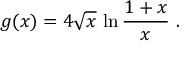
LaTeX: g ( x ) = 4 \sqrt { x } \, \ln { \frac { 1 + x } { x } } \ .